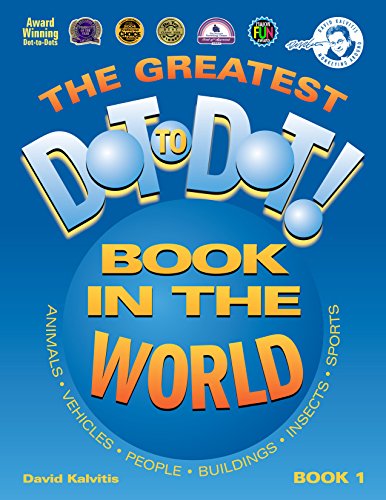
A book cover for The Greatest Dot-to-Dot Book in the World, Book 1; David Kalvitis; Humor & Entertainment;